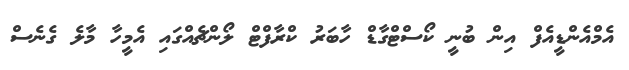
އެމްއެންޑީއެފް އިން ބުނީ ކޯސްޓްގާޑް ހާބަރު ކްރާފްޓް ލޯންޗެއްގައި އެމީހާ މާލެ ގެނެސް